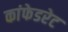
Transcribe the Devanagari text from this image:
कांफेडरेट